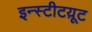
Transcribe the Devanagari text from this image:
इन्स्टीटय़ूट